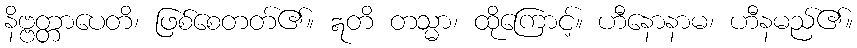
နိဗ္ဗတ္တာပေတိ၊ ဖြစ်စေတတ်၏။ ဣတိ တသ္မာ၊ ထိုကြောင့်။ ဟီနောနာမ၊ ဟီနမည်၏။